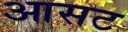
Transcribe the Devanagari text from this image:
आसट